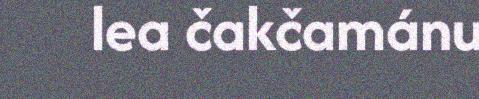
lea čakčamánu